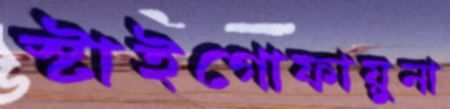
স্টাইগোফায়ুনা